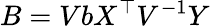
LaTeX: B=VbX^{\top}V^{-1}Y